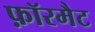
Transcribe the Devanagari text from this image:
फ़ॉरमैट